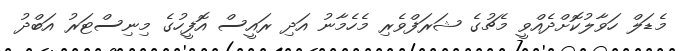
މެޑަލް ހަވާލުކޮށްދެއްވީ މެޗުގެ ޝަރަފްވެރި މެހެމާނު އަދި ރައީސް އޮފީހުގެ މިނިސްޓަރު އަބްދު